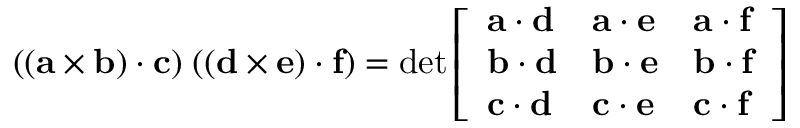
( ( \mathbf { a } \times \mathbf { b } ) \cdot \mathbf { c } ) \; ( ( \mathbf { d } \times \mathbf { e } ) \cdot \mathbf { f } ) = \operatorname* { d e t } { \left[ \begin{array} { l l l } { \mathbf { a } \cdot \mathbf { d } } & { \mathbf { a } \cdot \mathbf { e } } & { \mathbf { a } \cdot \mathbf { f } } \\ { \mathbf { b } \cdot \mathbf { d } } & { \mathbf { b } \cdot \mathbf { e } } & { \mathbf { b } \cdot \mathbf { f } } \\ { \mathbf { c } \cdot \mathbf { d } } & { \mathbf { c } \cdot \mathbf { e } } & { \mathbf { c } \cdot \mathbf { f } } \end{array} \right] }